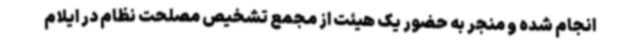
انجام شده و منجر به حضور یک هیئت از مجمع تشخیص مصلحت نظام در ایلام